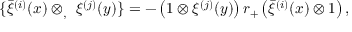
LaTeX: \{ \bar { \xi } ^ { ( i ) } ( x ) \otimes _ { , } \ \xi ^ { ( j ) } ( y ) \} = - \left( 1 \otimes \xi ^ { ( j ) } ( y ) \right) r _ { + } \left( \bar { \xi } ^ { ( i ) } ( x ) \otimes 1 \right) ,